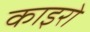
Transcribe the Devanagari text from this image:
काइरो